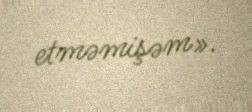
etməmişəm».